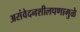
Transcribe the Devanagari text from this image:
असंवेदनशीलपणामुळे